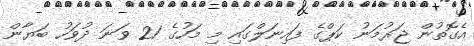
އެގޮތުން ޖަރުމަނު ކަޕްގެ ފައިނަލްގައި މި މަހުގެ 21 ވަނަ ދުވަހު ބަޔާން